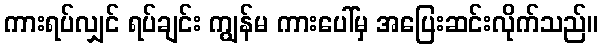
ကားရပ်လျှင် ရပ်ချင်း ကျွန်မ ကားပေါ်မှ အပြေးဆင်းလိုက်သည်။